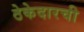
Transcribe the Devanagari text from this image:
ठेकेदारची